Rapla_vallavalitsus, lk 24
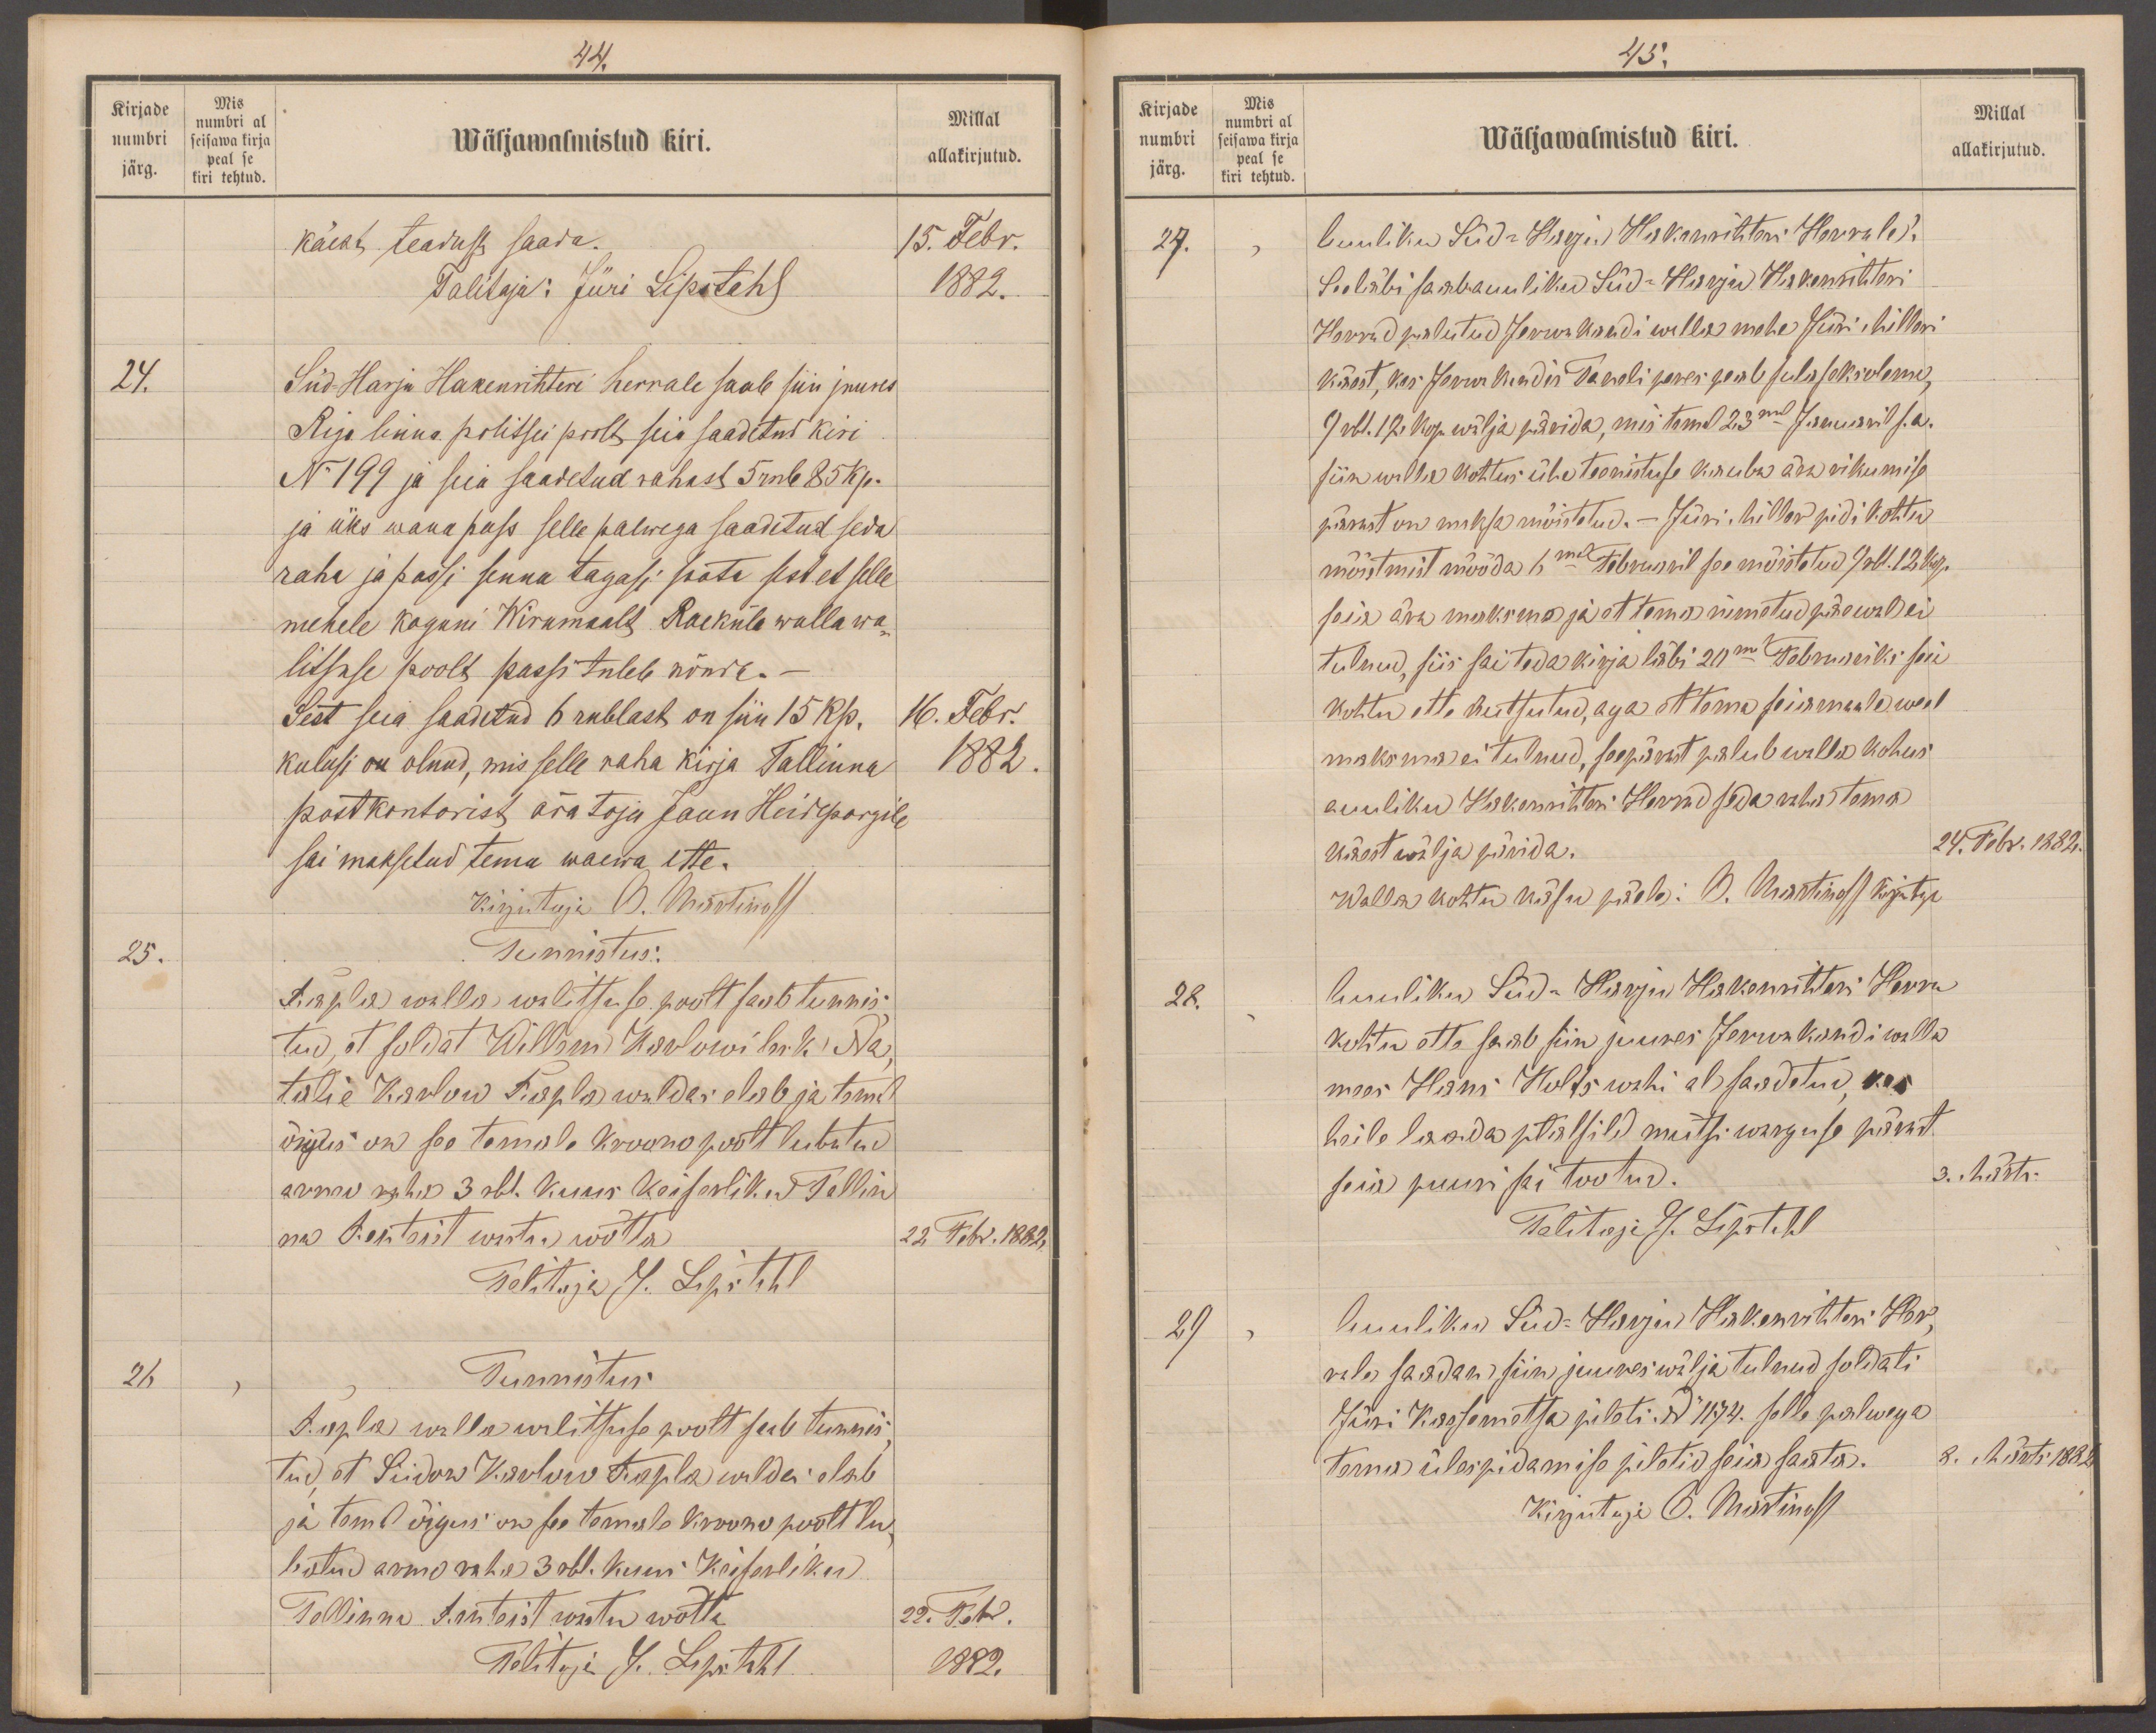
44.
Kirjade
Mis
numbri al
numbri
seisawa kirja
Millal
Wäljawalmistud kiri.
järg.
kiri tehtud.
peal se
allakirjutud.
käest teadust saada.
15. Febr.
Talitaja: Jüri Lipstahl
1882.
24.
Süd-Harju Hakenrihteri herrale saab siin juures
Riga linna politsei poolt seia saadetud kiri
No 199 ja siia saadetud rahast 5 rub. 85 kp.
ja üks wana pass selle palwega saadetud seda
raha ja passi senna tagasi saata sest et selle
mehele koguni Wirumaalt Raeküla walla wa-
litsuse poolt passi tuleb nõuda.-
Sest seia saadetud 6 rublast on siin 15 kp.
16. Febr.
kulusi olnud, mis selle raha kirja Tallinna
1882
postkontorist ära toja Jaan Heideporgile
sai maksetud tema waewa ette.
KirjutajaO. Martinoff
25.
Tunnistus.
Rapla walla walitsuse poolt saab tunnis
tud, et soldat Willem Karlowi lesk Na,
talie Karlow Rapla waldas elab ja temal
õigus on see temale kroono poolt lubatud
armu raha 3 rbl. kuus Keiserliku Tallin
na Renteist wasta wõtta
22 Febr. 1882.
Talitaja J. Lipstahl
26
Tunnistus
Rapla walla walitsuse poolt saab tunnis
tud, et Siidor Karlow Rapla waldas elab
ja temal õigus on see temale kroono poolt lu-
batud armo raha 3 rbl. kuni Keiserliku
Tallinna Renteist wastu wõtta
22. Febr.
Talitaja J. Lipstahl
1882.

45.
Kirjade
Mis
Millal
numbri
numbri al
Wäljawalmistud kiri.
seisawa kirja
peal se
järg.
allakirjutud.
kiri tehtud
27.
Auuliku Süd-Harju Hakenrihteri Herrale
Seeläbi saab auuliku Süd-Harju Hakenrihteri
Herrad palutud Jerwakandi walla mehe Jürri Milleri
käest, kes Jerwakandis Taneli peres peab sulaseks olema,
9 rbl. 17 kop. wälja pärida, mis temal 23mal Jaanuaril s.a.
siin walla kohtus ühe teenistuse kauba ära rikumise
pärast on maksa mõistetud. Jüri Miller pidi kohtu
mõistmist mööda 6mal Februaril see mõistetud 7 rbl. 12 kop.
seia ära maksma ja et tema nimetud päewal ei
tulnud, siis sai teda kirja läbi 20mal Februariks seia
kohtu ette kutsutud, aga et tema seiamaale weel
maksma ei tulnud, seepärast palub walla kohus
Auuliku Süd-Harju Hakenrihteri Herrad seda rahha tema
käest wälja pärida.
24. Febr. 1882.
Walla kohtu käsu päele : O. Martinoff kirjutaja
28.
Auuliku Süd-Harju Hakenrihteri Herra
kohtu ette saab siin juures Jerwakandi walla
mees Hans Holts wahi al saadetud, kes
heile laada platsild mütsi warguse pärast
seia puuri sai tootud.
3. Märts
Talitaja J. Lipstahl
29
Auuliku Süd-Harju Hakenrihteri Her
rale saadan siin juures wälja tulnud soldati
Jürri Kassemetsa pileti: No 1174. selle palwega
tema ülespidamise piletid seia saata
8. Märtsil 1882
Kirjutaja O. Martinoff